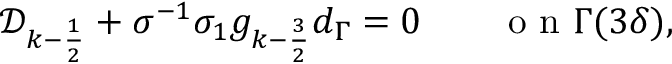
\begin{array} { r } { \mathcal { D } _ { k - \frac { 1 } { 2 } } + \sigma ^ { - 1 } \sigma _ { 1 } g _ { k - \frac { 3 } { 2 } } d _ { \Gamma } = 0 \qquad \mathrm { ~ o ~ n ~ } \Gamma ( 3 \delta ) , } \end{array}